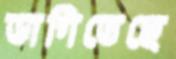
ভাগিতেছে